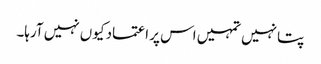
پتا نہیں تمہیں اس پر اعتماد کیوں نہیں آرہا۔